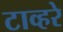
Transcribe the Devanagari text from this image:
टाव्हरे